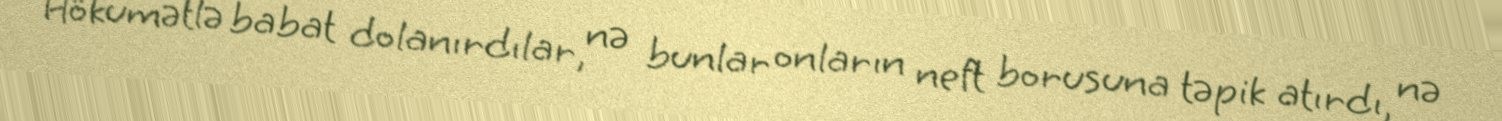
Hökumətlə babat dolanırdılar, nə bunlar onların neft borusuna təpik atırdı, nə